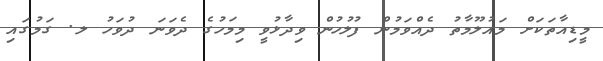
މީޑިއާތަކަށް މައުލޫމާތު ދެއްވަމުން ފުލުހުން ވިދާޅުވީ މިމަހުގެ ދެވަނަ ދުވަހު ލ. ގަމުގައި